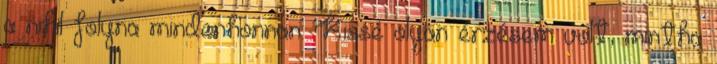
a nihil folyna mindenhonnan. Kissé olyan érzésem volt, mintha